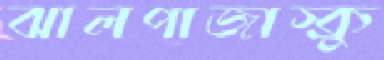
ঝালপাজাস্ক্রু